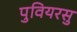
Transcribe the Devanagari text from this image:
पुवियरसु